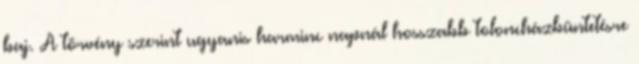
baj. A törvény szerint ugyanis harminc napnál hosszabb toloncházbüntetésre